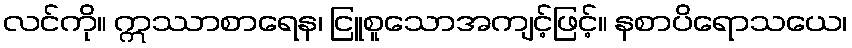
လင်ကို။ ဣဿာစာရေန၊ ငြူစူသောအကျင့်ဖြင့်။ နစာပိရောသယေ၊